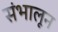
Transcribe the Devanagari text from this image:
संभालून